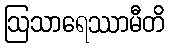
ဩသာရေဿာမီတိ